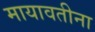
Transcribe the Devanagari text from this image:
मायावतीना